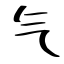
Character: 气